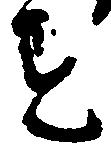
を